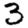
Digit: 3